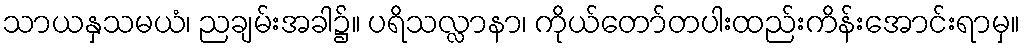
သာယနှသမယံ၊ ညချမ်းအခါ၌။ ပရိသလ္လာနာ၊ ကိုယ်တော်တပါးထည်းကိန်းအောင်းရာမှ။